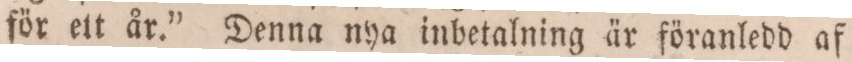
för elt år.” Denna nya inbetalning är föranledd af